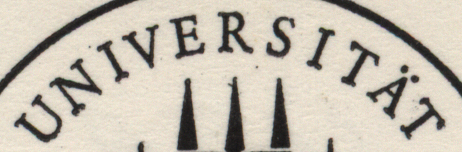
UNIVERSITAT